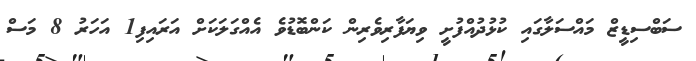
ސަބްސިޑީޒް މައްސަލާގައި ކުޅުދުއްފުށީ ވިޔަފާރިވެރިން ކަންބޮޑުވެ އެއްގަލަކަށް އަރައިފި1 އަހަރު 8 މަސް